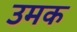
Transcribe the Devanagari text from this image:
उमक